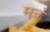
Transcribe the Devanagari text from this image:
मत्रं